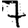
Digit: 7